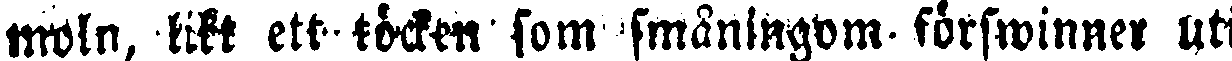
moln, likt töcken som småningom förswinner uti